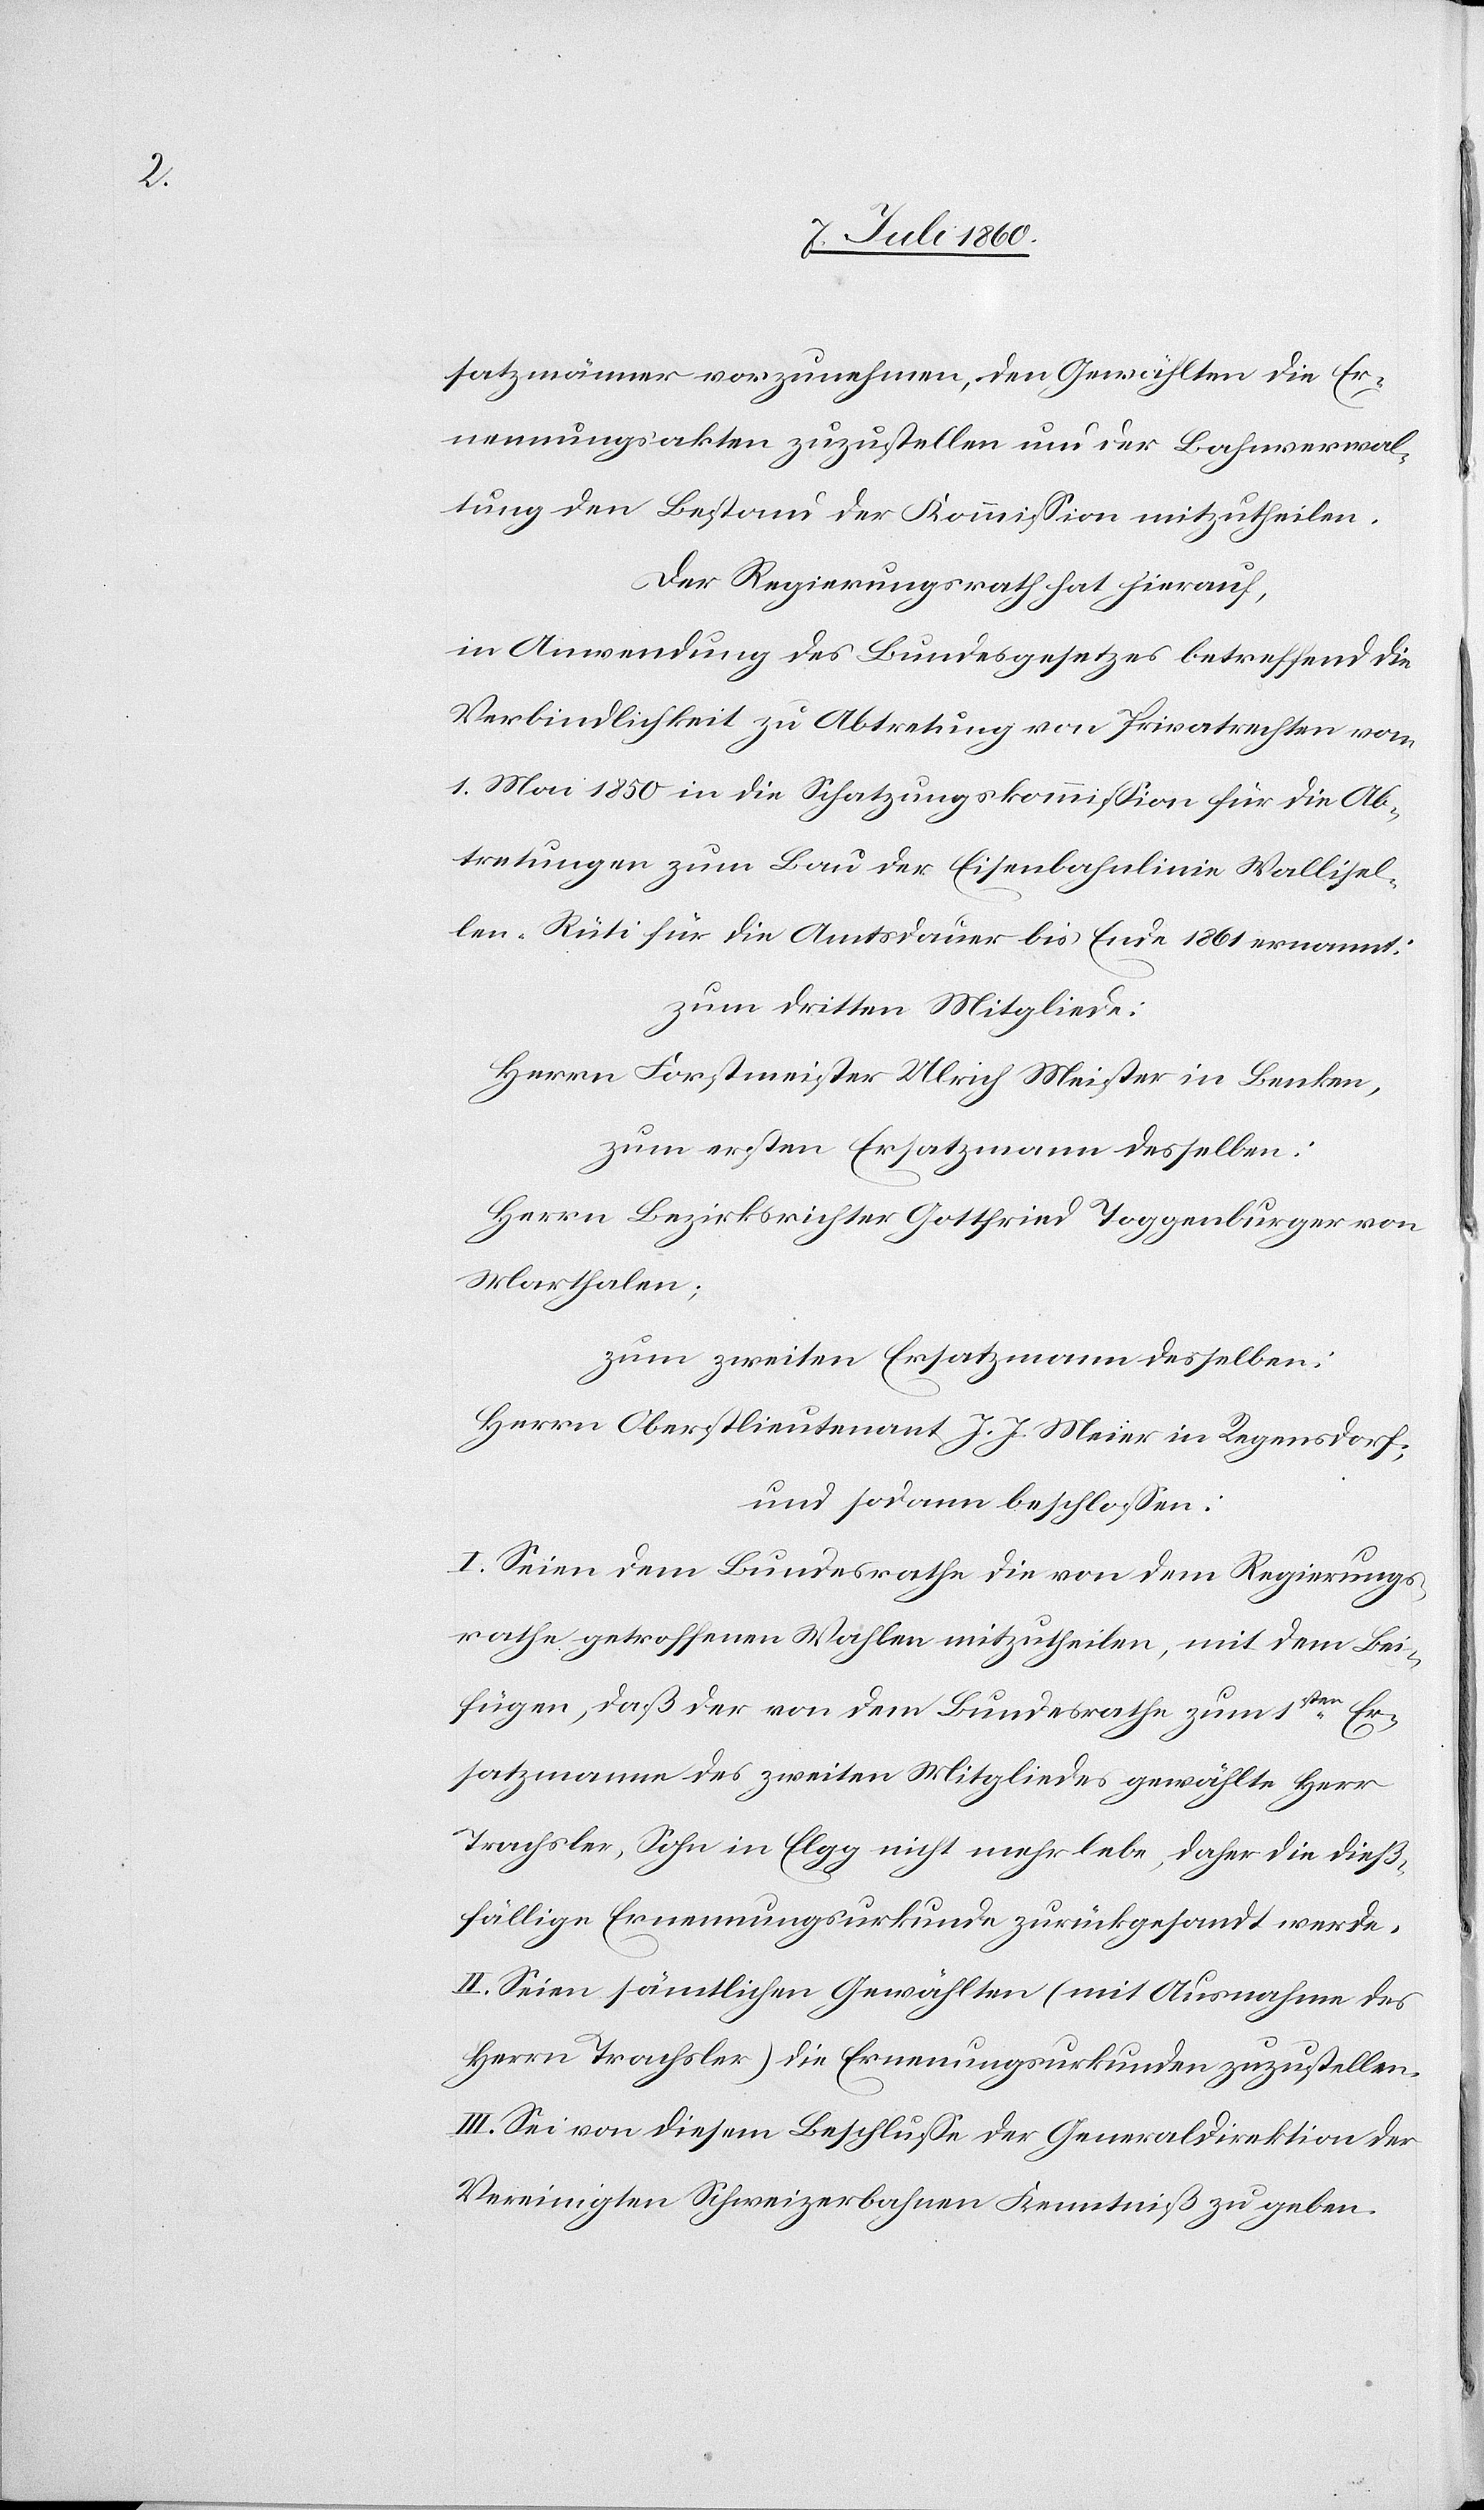
satzmänner vorzunehmen, den Gewählten die Er¬
nennungsakten zuzustellen und der Bahnverwal¬
tung den Bestand der Kommission mitzutheilen.
Der Regierungsrath hat hierauf,
in Anwendung des Bundesgesetzes betreffend die
Verbindlichkeit zu Abtretung von Privatrechten vom
1. Mai 1850 in die Schatzungskommission für die Ab¬
tretungen zum Bau der Eisenbahnlinie Wallisel¬
len-Rüti für die Amtsdauer bis Ende 1861 ernannt:
zum dritten Mitgliede:
Herrn Forstmeister Ulrich Meister in Benken,
zum ersten Ersatzmann desselben:
Herrn Bezirksrichter Gottfried Toggenburger von
Marthalen;
zum zweiten Ersatzmann desselben:
Herrn Oberstlieutenant J. J. Meier in Regensdorf;
und sodann beschlossen:
I. Seien dem Bundesrathe die von dem Regierungs¬
rathe getroffenen Wahlen mitzutheilen, mit dem Bei¬
fügen, daß der von dem Bundesrathe zum 1sten Er¬
satzmanne des zweiten Mitgliedes gewählte Herr
Trachsler, Sohn in Elgg nicht mehr lebe, daher die dieß¬
fällige Ernennungsurkunde zurückgesandt werde.
II. Seien sämtlichen Gewählten (mit Ausnahme des
Herrn Trachsler) die Ernennungsurkunden zuzustellen.
III. Sei von diesem Beschlusse der Generaldirektion der
Vereinigten Schweizerbahnen Kenntniß zu geben.